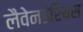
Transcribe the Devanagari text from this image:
लैवेनडेरियस